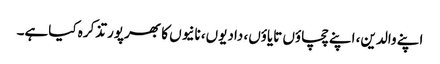
اپنے والدین، اپنے چچاؤں تایاؤں، دادیوں، نانیوں کا بھرپور تذکرہ کیاہے۔